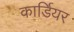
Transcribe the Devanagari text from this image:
कार्डियर